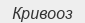
Кривооз